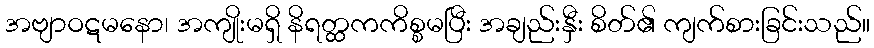
အဗျာဝဋမနော၊ အကျိုးမရှိ နိရတ္ထကကိစ္စမပြီး အချည်းနှီး စိတ်၏ ကျက်စားခြင်းသည်။